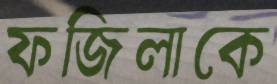
ফজিলাকে